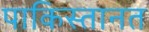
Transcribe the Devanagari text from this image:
पाकिस्तानत